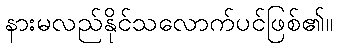
နားမလည်နိုင်သလောက်ပင်ဖြစ်၏။